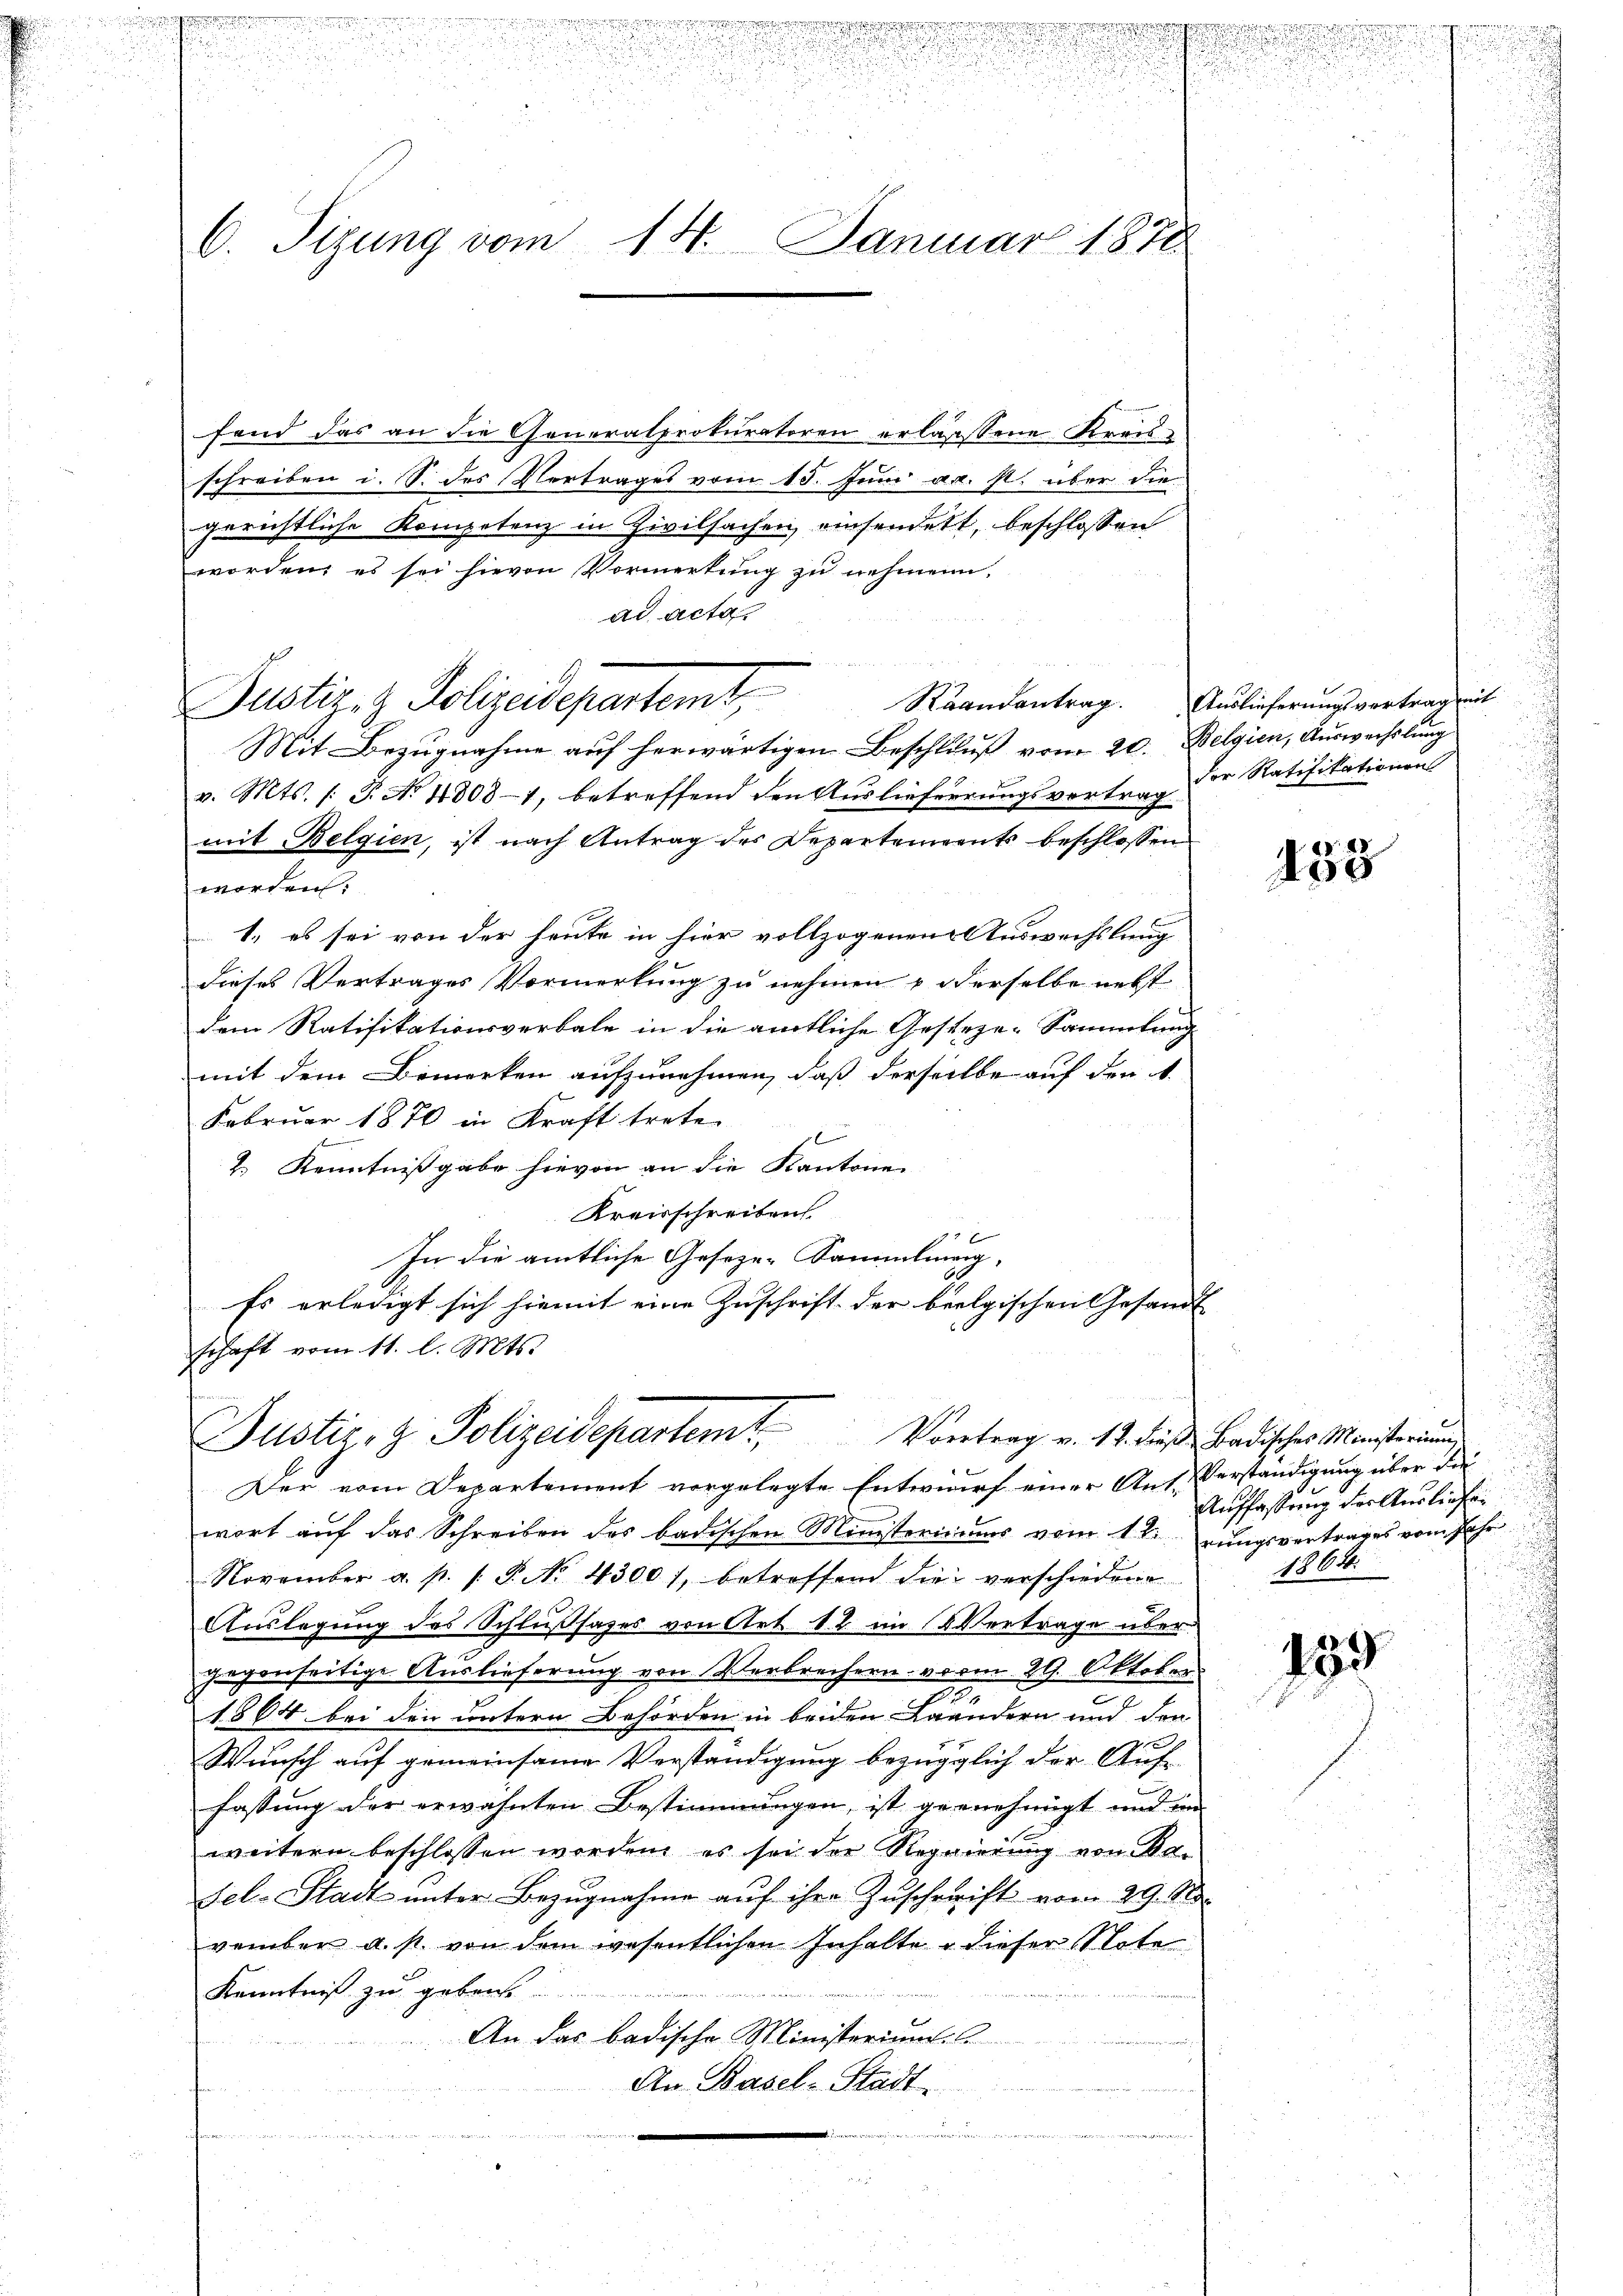
f
!!!!!!!!!!!!!!!!!!!!!!!!!!!!!!!!!!!!!!

i

.

d 2
C. Sizung vom 14. Januar 1878

fend das an die Generalprokuratoren erlassene Kreisschreiben i. S. des Vertrages vom 15. Juni a. p. über die
gerichtliche Kompetenz in Zivilsachen einsendert, beschlossen
worden, es sei hievon Vormerkung zu nehmen.
ad acta.
Mit Bezugnahme auf herwärtigen Beschluß vom 20. Belgien, Auswechslung
v. Mts. (T. No 43081, betreffend den Auslieferrungsvertrag
mit Belgien, ist nach Antrag des Departements beschlossen
erte
1.) es sei von der heute in hier vollzogenen Auswechslung
dieses Vertrages Vormerkung zu nehmen u derselbe nebst
dem Ratifikationsverbale in die amtliche Gesteze-Sammlung
mit dem Bemerken aufzunehmen, daß derselbe auf den 1.
Februar 1870 in Kraft trete
f f
2.) Kenntnißgabe hievon an die Kantone
Kreisschreiben.
x
In die amtliche Geseze-Sammlung-
Es erledigt sich hiemit eine Zuschrift der beelgischen Gesandt
schaft vom 11. l. Mts.

Justiz- & Polizeidepartemt,

Justiz- & Polizeidepartem Vortrag v. 12. dieß Badisches Ministerium

u
u
.

Raandantrag. Auslieferungsvertrag mit
der Ratifikationen

Der vom Departement vorgelegte Entwurf einer Ant. Verständigung über die
wort auf das Schreiben des badischen Ministeriums vom 1terungsvertrages vom Jahr
November a. p. 1. P. No. 43001, betreffend die verschiedene
Auslegung des Schlußsases von Art. 12. im Vertrage übergegenseitige Auslieferung von Verbrechern vom 29. Oktober
.
1864 bei den untern Behörden in beiden Brändern und den
g
Wunsch auf gemeinsame Verständigung bezüglich der Auf-
fassung der erwähnten Bestimmungen, ist gernehmigt und im
weitern beschlossen worden, es sei der Regierung von Basel-Stadt unter Bezugnahme auf ihre Zuschreift vom 29. No.
vember a. s. von dem wesentlichen Inhalte u dieser Note
Kenntniß zu geben.
ber
An das badische Ministerium.
An Basel-Stadt.
n
.
t
o

453

u
Auffassung der Ausliefen
1864.

135